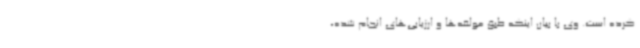
کرده است. وی با بیان اینکه طبق مولفه‌ها و ارزیابی‌های انجام شده،